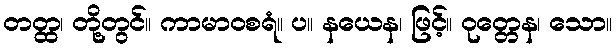
တတ္ထ၊ တို့တွင်။ ကာမာဝစရံ။ ပ။ နယေန၊ ဖြင့်။ ဝုတ္တေန၊ သော။